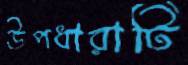
উপধারাটি